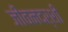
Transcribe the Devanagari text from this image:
जीवनदर्शी